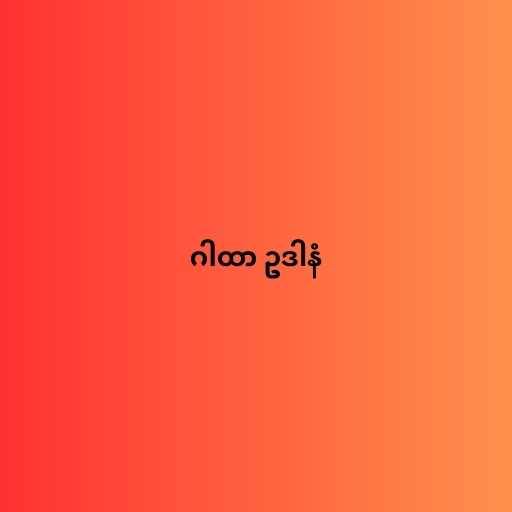
ဂါထာ ဥဒါနံ